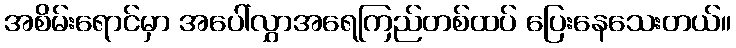
အစိမ်းရောင်မှာ အပေါ်လွှာအရေကြည်တစ်ထပ် ပြေးနေသေးတယ်။